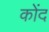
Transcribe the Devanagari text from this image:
कोंद